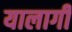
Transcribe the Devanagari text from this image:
यालागी